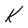
Character: K